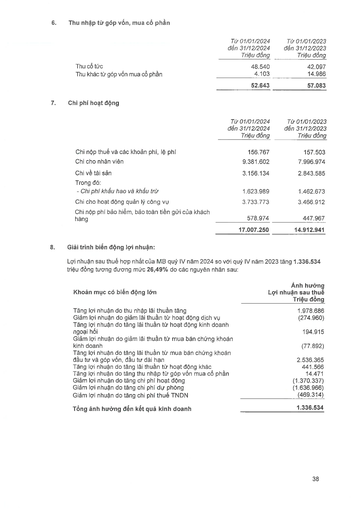
||Từ 01/01/2024 đến 31/12/2024 Triệu đồng|Từ 01/01/2023 đến 31/12/2023 Triệu đồng| |---|---|---| |Thu cổ tức|48.540|42.097| |Thu khác từ góp vốn mua cổ phần|4.103|14.986| ||52.643|57.083| ||Từ 01/01/2024 đến 31/12/2024 Triệu đồng|Từ 01/01/2023 đến 31/12/2023 Triệu đồng| |---|---|---| |Chi nộp thuế và các khoản phí, lệ phí|156.767|157.503| |Chi cho nhân viên|9.381.602|7.996.974| |Chi về tài sản|3.156.134|2.843.585| |Trong đó: Chi phí khấu hao và khấu trừ|1.623.989|1.462.673| |Chi cho hoạt động quản lý công vụ|3.733.773|3.466.912| |Chi nộp phí bảo hiểm bảo toàn tiền gửi của khách hàng|578.974|447.967| ||17.007.250|14.912.941| |Khoản mục có biến động lớn|Ảnh hưởng Lợi nhuận sau thuế Triệu đồng| |---|---| |Tăng lợi nhuận do thu nhập lãi thuần tăng|1.978.686| |Giảm lợi nhuận do giảm lãi thuần từ hoạt động dịch vụ|(274.960)| |Tăng lợi nhuận do tăng lãi thuần từ hoạt động kinh doanh ngoại hối|194.915| |Giảm lợi nhuận do giảm lãi thuần từ mua bán chứng khoán kinh doanh|(77.892)| |Tăng lợi nhuận do tăng lãi thuần từ mua bán chứng khoán đầu tư và góp vốn, đầu tư dài hạn|2.536.365| |Tăng lợi nhuận do tăng lãi thuần từ hoạt động khác|441.566| |Tăng lợi nhuận do tăng thu nhập tiếp góp vốn mua cổ phần|14.471| |Giảm lợi nhuận do tăng chi phí hoạt động|(1.370.337)| |Giảm lợi nhuận do tăng chi phí dự phòng|(1.636.966)| |Giảm lợi nhuận do tăng chi phí thuế TNDN|(469.314)| |Tổng ảnh hưởng đến kết quả kinh doanh|1.336.534|